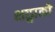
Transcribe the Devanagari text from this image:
क्षछ्वाको